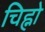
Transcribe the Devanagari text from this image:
चिह्नो